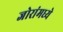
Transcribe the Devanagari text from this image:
जोरांमध्ये